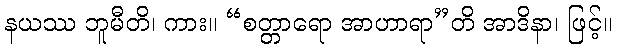
နယဿ ဘူမီတိ၊ ကား။ “စတ္တာရော အာဟာရာ”တိ အာဒိနာ၊ ဖြင့်။